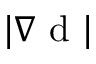
| \nabla \mathrm { ~ d ~ } |